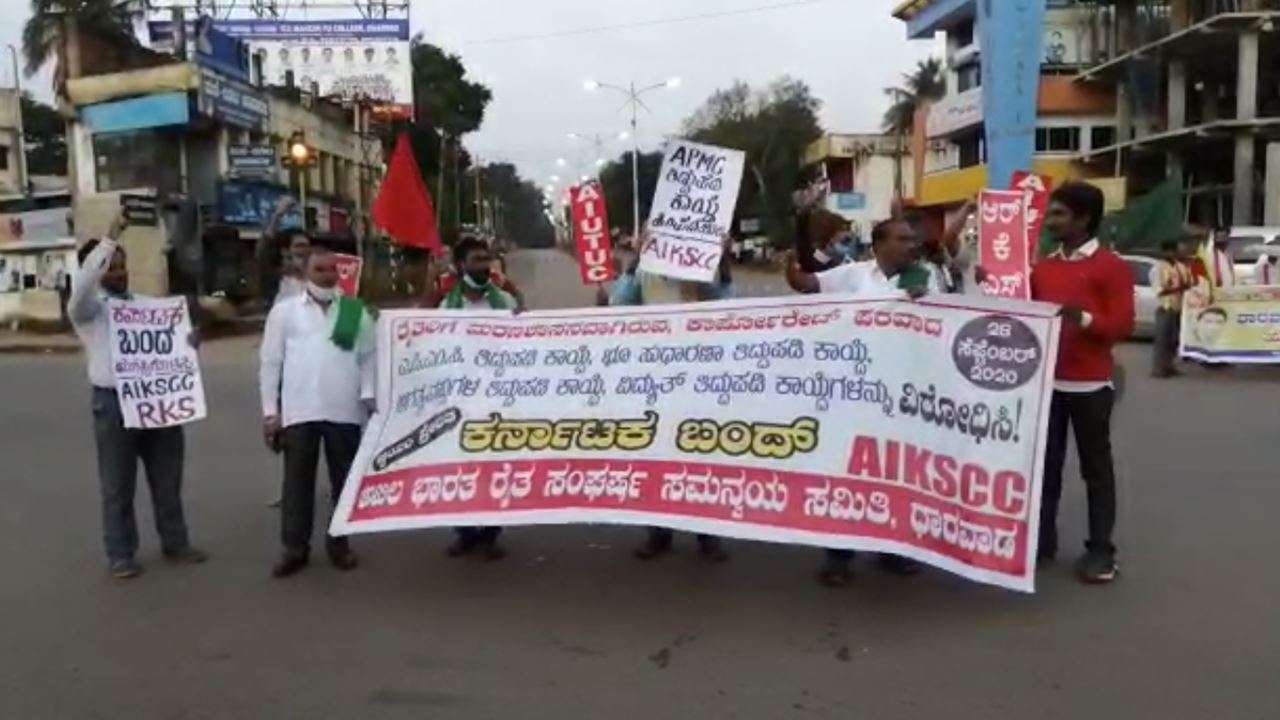
Language: kannada
Transcription: ಸಮಿತಿ ಬಂದ್ ಕರ್ನಾಟಕ ಬಂದ್